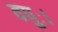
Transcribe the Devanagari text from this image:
वपुः।